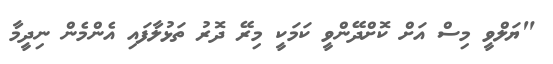
"ޔަލްވީ މިސް އަށް ކޮށްދޭންވީ ކަމަކީ މިރޭ ދޮރު ތަޅުލާފައި އެންމެން ނިދީމާ